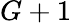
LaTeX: G+1